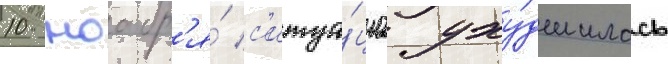
10 ноабр'я́ с'итуа́циа уху́дшилась